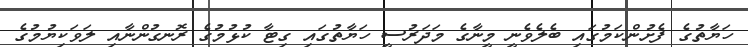
ހަޔާތުގެ ފެށުންކަމުގައި ބެލެވެނީ މީނާގެ މަދަރުސީ ހަޔާތުގައި ގިޓާ ކުޅުމުގެ ރޮނގުންނާއި ލަވަކިޔުމުގެ